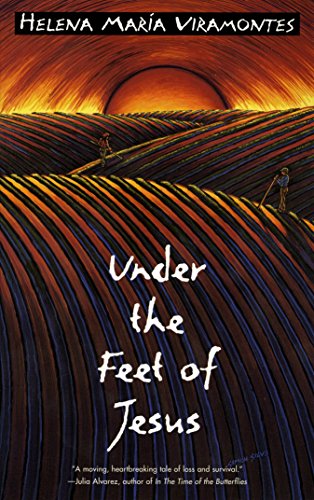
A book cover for Under the Feet of Jesus; Helena Maria Viramontes; Literature & Fiction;